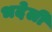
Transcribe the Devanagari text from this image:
भदेली